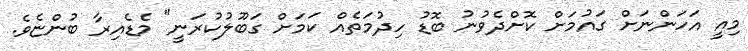
މިއީ އަހަންނަށް ގައުމަށް ކޮށްދެވުނު ބޮޑު ހިދުމަތެއް ކަމަށް ގަބޫލުކުރަނީ" މެޑެއިރާ ބުންޏެވެ.